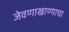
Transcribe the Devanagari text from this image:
जेवणाखाण्याचा